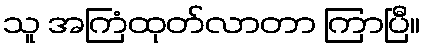
သူ အကြံထုတ်လာတာ ကြာပြီ။